Problem: 24 + 41 = ?
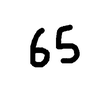
Handwritten answer: 65